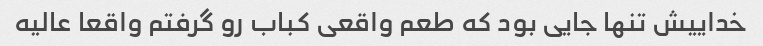
خداییش تنها جایی بود که طعم واقعی کباب رو گرفتم واقعا عالیه